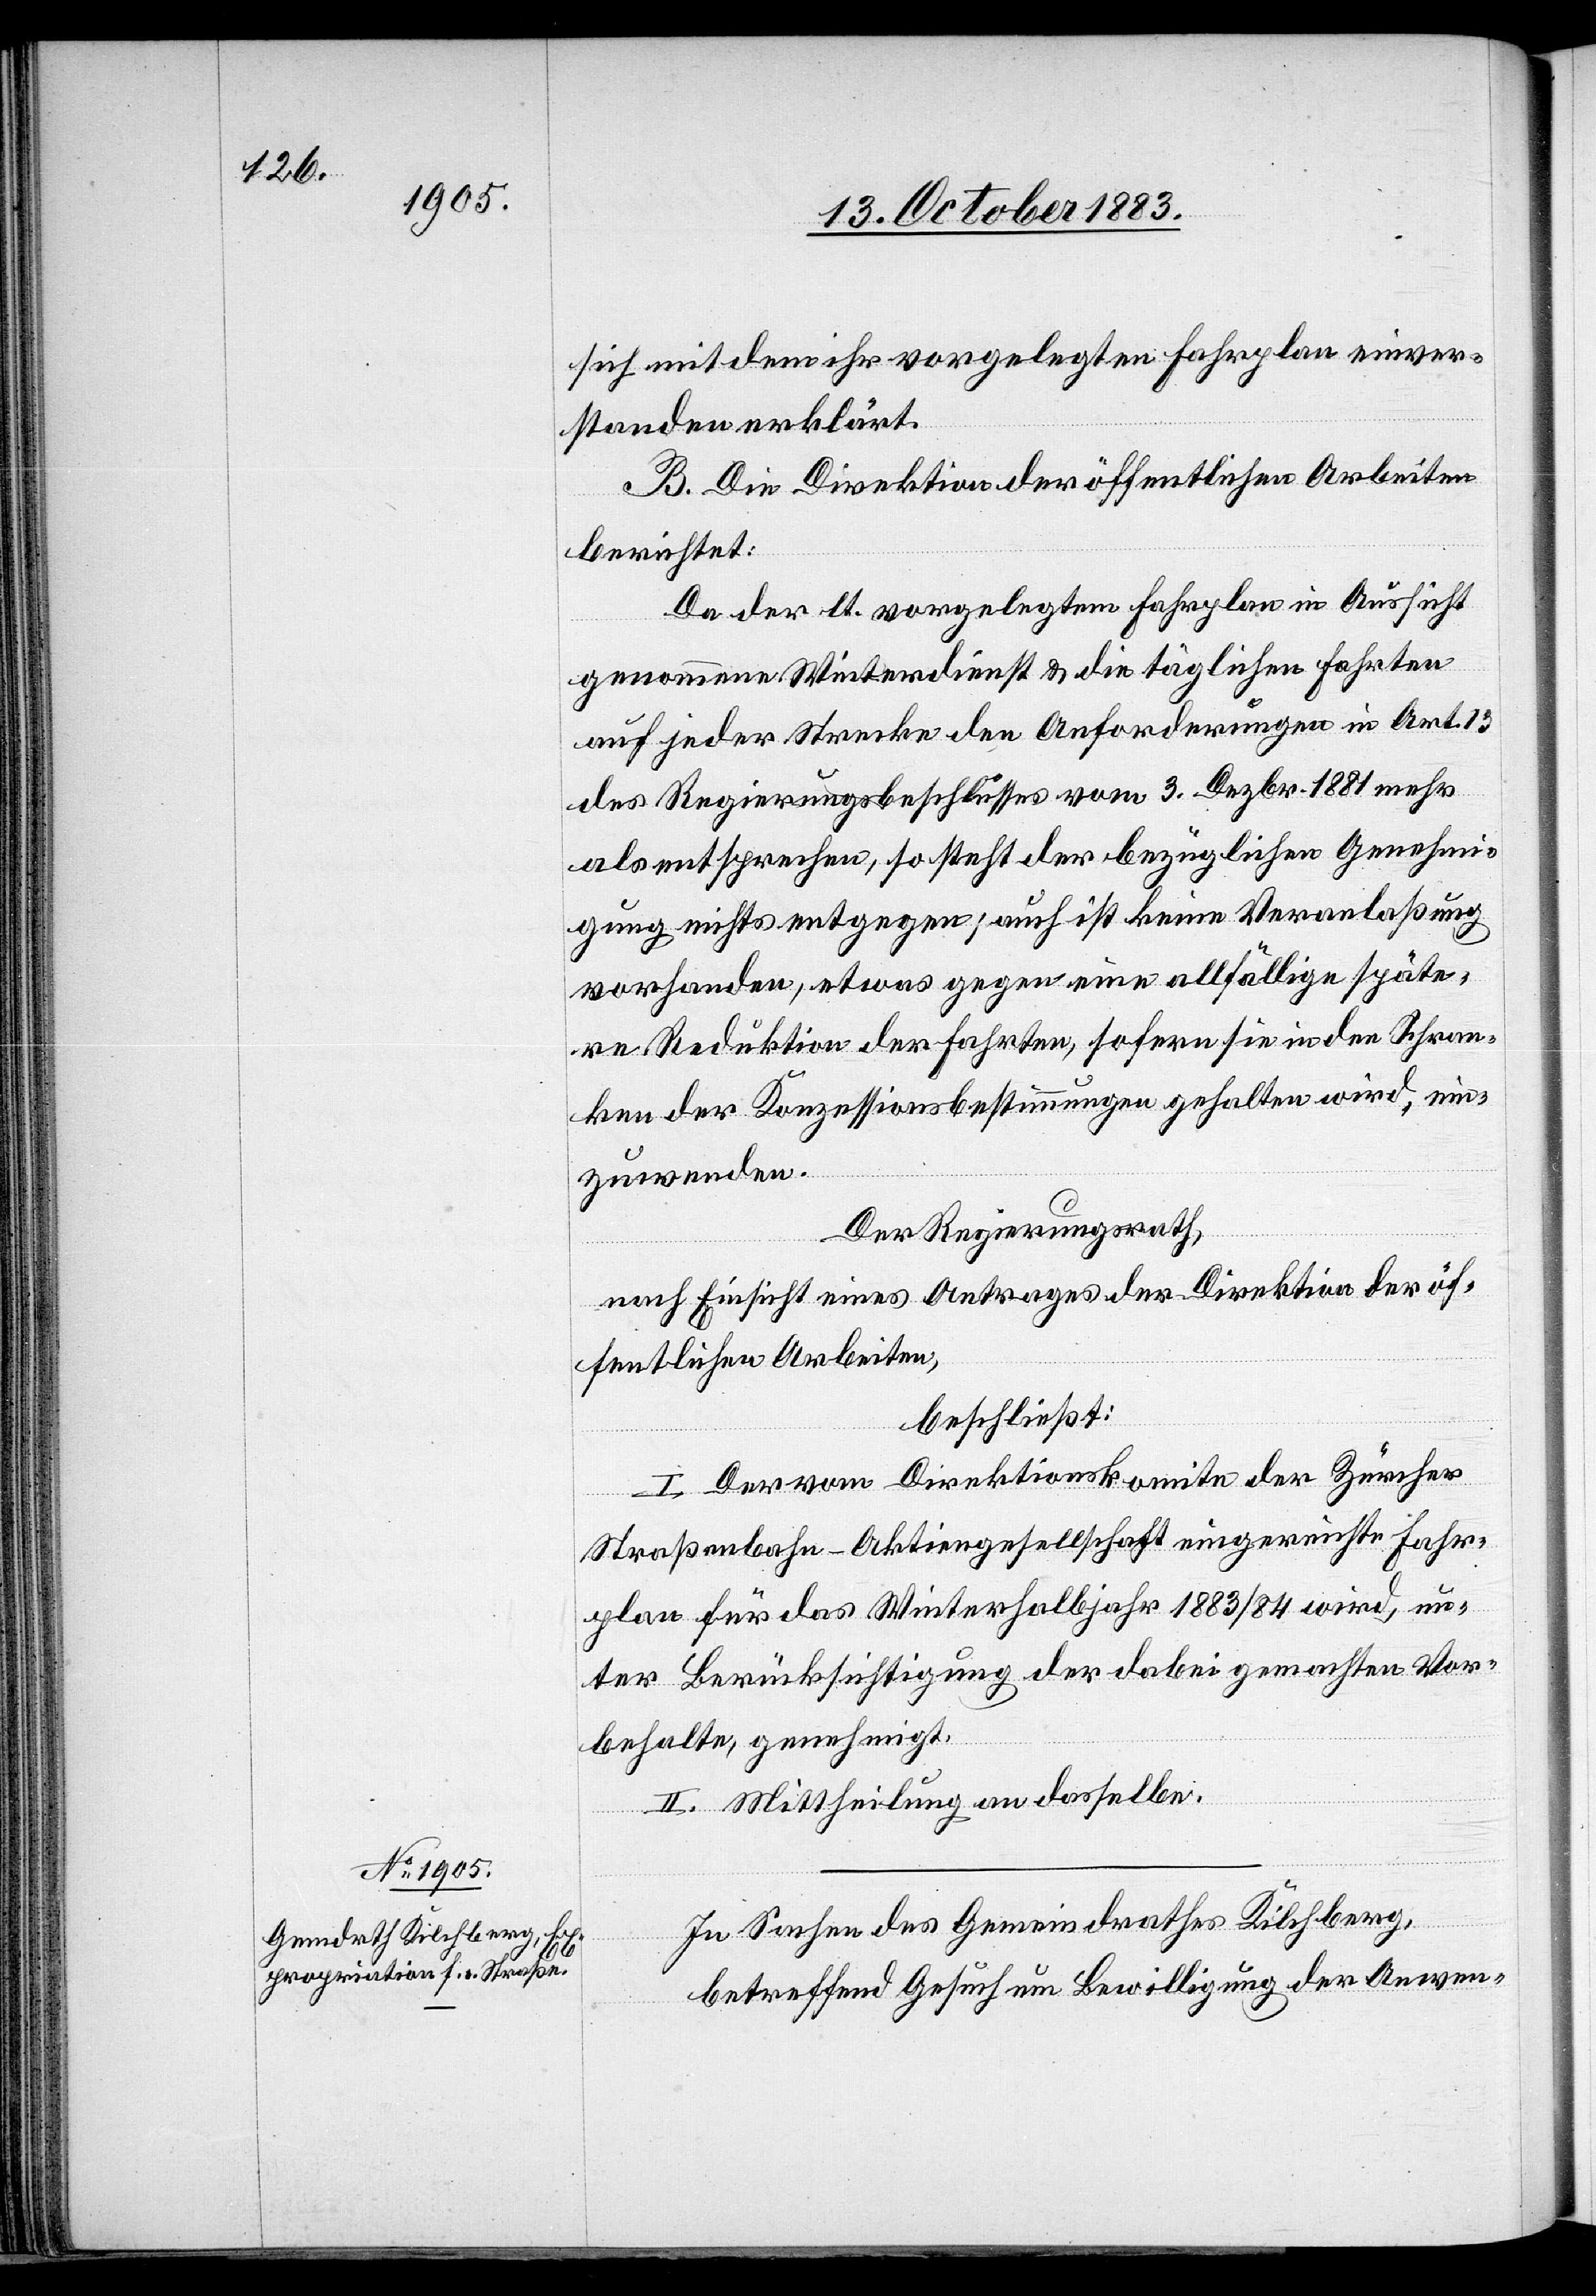
sich mit dem ihr vorgelegten Fahrplan einver¬
standen erklärt.
B. Die Direktion der öffentlichen Arbeiten
berichtet:
Da der lt. vorgelegtem Fahrplan in Aussicht
genommene Winterdienst & die täglichen Fahrten
auf jeder Strecke den Anforderungen in Art. 13
des Regierungsbeschlusses vom 3. Dezbr. 1881 mehr
als entsprechen, so steht der bezüglichen Genehmi¬
gung nichts entgegen; auch ist keine Veranlaßung
vorhanden, etwas gegen eine allfällige späte¬
re Reduktion der Fahrten, sofern sie in den Schran¬
ken der Konzessionsbestimmungen gehalten wird, ein¬
zuwenden.
Der Regierungsrath,
nach Einsicht eines Antrages der Direktion der öf¬
fentlichen Arbeiten,
beschließt:
I. Der vom Direktionskomite der Zürcher
Straßenbahn-Aktiengesellschaft eingereichte Fahr¬
plan für das Winterhalbjahr 1883/84 wird, un¬
ter Berücksichtigung der dabei gemachten Vor¬
behalte, genehmigt.
II. Mittheilung an dasselbe.
In Sachen des Gemeindrathes Kilchberg,
betreffend Gesuch um Bewilligung den Anwen-